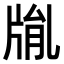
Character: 𤗅